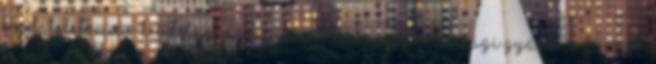
lásd: telefonzár kezdőlap megnyitása, 36 a magyarországi gyártó, képviselő,